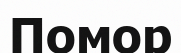
Помор